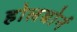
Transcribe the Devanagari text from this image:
होलबोर्न